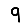
Digit: 9